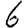
Digit: 6